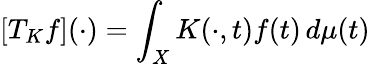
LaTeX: [T_{K}f](\cdot)=\int_{X}K(\cdot,t)f(t)\, d\mu(t)